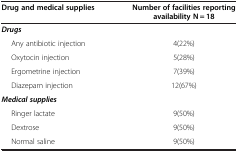
| Drug and medical supplies | Number of facilities reporting availability N = 18 |
 | --- | --- |
 | Drugs |  |
 | Any antibiotic injection | 4(22%) |
 | Oxytocin injection | 5(28%) |
 | Ergometrine injection | 7(39%) |
 | Diazepam injection | 12(67%) |
 | Medical supplies |  |
 | Ringer lactate | 9(50%) |
 | Dextrose | 9(50%) |
 | Normal saline | 9(50%) |